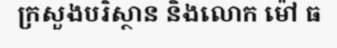
ក្រសួងបរិស្ថាន និងលោក ម៉ៅ ធ